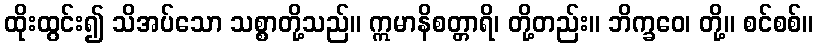
ထိုးထွင်း၍ သိအပ်သော သစ္စာတို့သည်။ ဣမာနိစတ္တာရိ၊ တို့တည်း။ ဘိက္ခဝေ၊ တို့။ စင်စစ်။